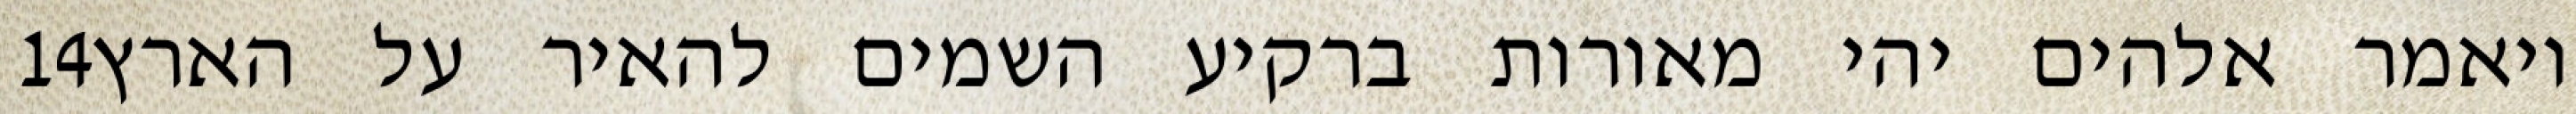
‎14‏ ויאמר אלהים יהי מאורות ברקיע השמים להאיר על הארץ